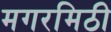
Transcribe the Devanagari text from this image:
मगरमिठी